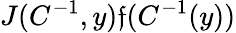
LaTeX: J(C^{-1},y)\mathfrak{f}(C^{-1}(y))